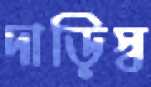
দাড়িস্ব